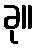
ခု။